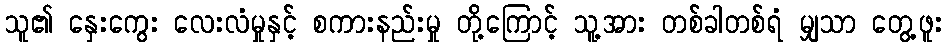
သူ၏ နှေးကွေး လေးလံမှုနှင့် စကားနည်းမှု တို့ကြောင့် သူ့အား တစ်ခါတစ်ရံ မျှသာ တွေ့ဖူး